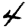
Digit: 4